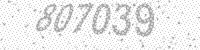
Solution: 807039